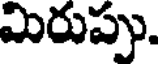
మిరుప్పు.